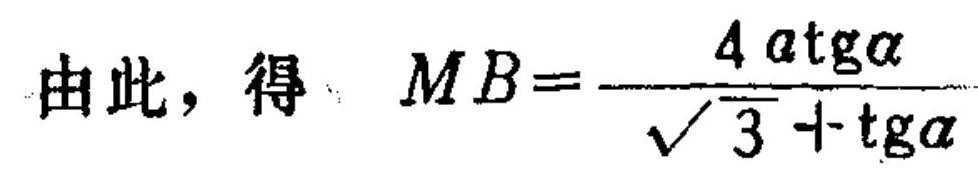
由此，得 $MB=\dfrac{4a\mathrm{tg}\alpha}{\sqrt{3}+\mathrm{tg}\alpha}$